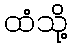
ထံသို့